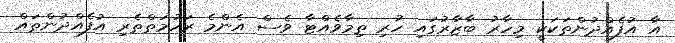
އާ އުފެއްދުންތަކަކީ މިހާރު ބާޒާރުގައި ހުރި ތިމާވެއްޓާ ވެސް އެންމެ ރަހުމަތްތެރި އުފެއްދުންތައް